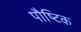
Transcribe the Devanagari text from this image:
पौष्‍िटक